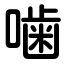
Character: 噛